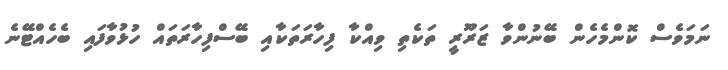
ނަމަވެސް ކޮންމެހެން ބޭނުންވާ ޒަރޫރީ ތަކެތި ވިއްކާ ފިހާރަތަކާއި ބޭސްފިހާރަތައް ހުޅުވާފައި ބެހެއްޓޭނެ